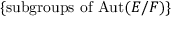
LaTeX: \{ { \mathrm { s u b g r o u p s ~ o f ~ A u t } } ( E / F ) \}